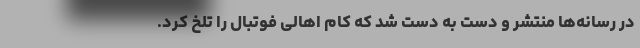
در رسانه‌ها منتشر و دست به دست شد که کام اهالی فوتبال را تلخ کرد.